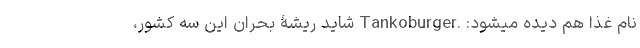
نام غذا هم دیده میشود: .Tankoburger شاید ریشۀ بحرانِ این سه کشور،